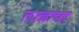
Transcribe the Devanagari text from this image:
तज्ज्ञांच्‍या